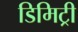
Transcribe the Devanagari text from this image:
डिमिट्री